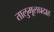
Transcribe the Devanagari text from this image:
तालुमूलप्रदाह